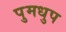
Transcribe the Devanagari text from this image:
पुमधुप